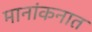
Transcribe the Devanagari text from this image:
मानांकनात